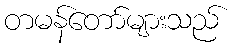
တမန်တော်များသည်